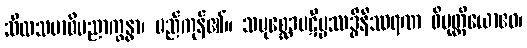
သီလသမာဓိပညာက္ခန္ဓာ၊ မည်ကုန်၏။ သမုစ္ဆေဒပဋိပ္ပဿဒ္ဓိနိဿရဏ ဝိမုတ္တိယောဧဝ၊